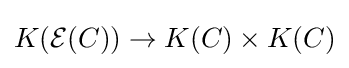
K({\mathcal {E}}(C))\to K(C)\times K(C)